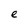
Character: e